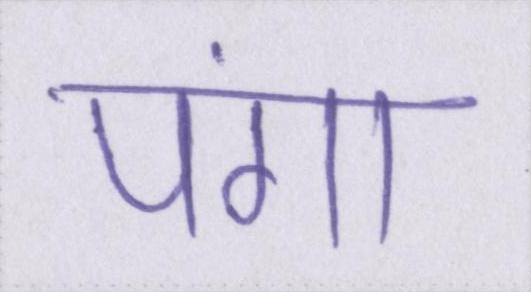
पंगा